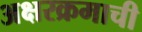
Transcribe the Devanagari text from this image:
अक्षरक्रमाची